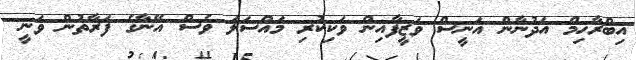
އިބްރާހިމް އަދުނާން އަނީސް ވަޒީފާއިން ވަކިކުރި މައްސަލަ ވެސް އޭނާގެ ފަރާތުން ވަނީ